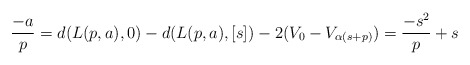
\begin{align*}\frac{-a}{p}=d(L(p,a),0)-d(L(p,a),[s])-2(V_0-V_{\alpha(s+p)})=\frac{-s^2}{p}+s\end{align*}